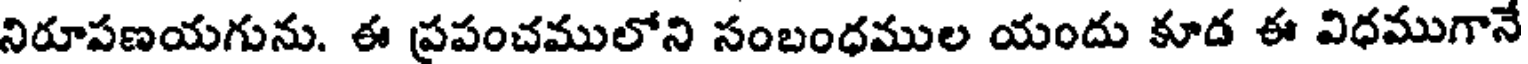
నిరూపణయగును. ఈ ప్రపంచములోని సంబంధముల యందు కూడ ఈ విధముగానే